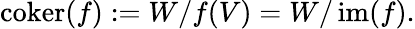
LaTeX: \operatorname{coker}(f):=W/f(V)=W/\operatorname{im}(f).